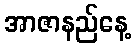
အာဇာနည်နေ့